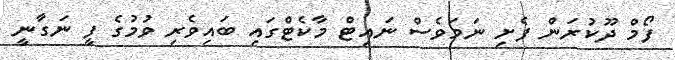
ފޯމް ދޫކުރަން ފެށި ނަމަވެސް ނައިޓް މާކެޓްގައި ބައިވެރި ވުމުގެ ފީ ނަގާނީ